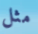
مثل